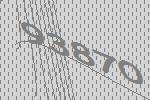
93870